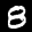
Label: 8